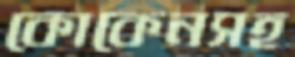
কোকেনসহ